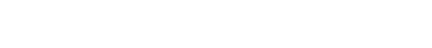
ဦးကျော်မိုးထွန်းက တုံ့ပြန်ပြောခဲ့တာ ဖြစ်ပါတယ်။